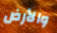
والأرض